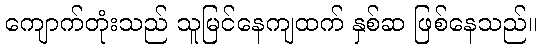
ကျောက်တုံးသည် သူမြင်နေကျထက် နှစ်ဆ ဖြစ်နေသည်။